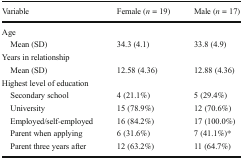
<table><thead><tr><td><b>Variable</b></td><td><b>Female (<i>n</i> = 19)</b></td><td><b>Male (<i>n</i> = 17)</b></td></tr></thead><tbody><tr><td colspan="3">Age</td></tr><tr><td> Mean (SD)</td><td>34.3 (4.1)</td><td>33.8 (4.9)</td></tr><tr><td colspan="3">Years in relationship</td></tr><tr><td> Mean (SD)</td><td>12.58 (4.36)</td><td>12.88 (4.36)</td></tr><tr><td colspan="3">Highest level of education</td></tr><tr><td> Secondary school</td><td>4 (21.1%)</td><td>5 (29.4%)</td></tr><tr><td> University</td><td>15 (78.9%)</td><td>12 (70.6%)</td></tr><tr><td> Employed/self-employed</td><td>16 (84.2%)</td><td>17 (100.0%)</td></tr><tr><td> Parent when applying</td><td>6 (31.6%)</td><td>7 (41.1%)*</td></tr><tr><td> Parent three years after</td><td>12 (63.2%)</td><td>11 (64.7%)</td></tr></tbody></table>